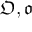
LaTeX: { \mathfrak { O } } , { \mathfrak { o } }